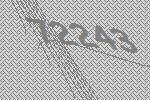
72243